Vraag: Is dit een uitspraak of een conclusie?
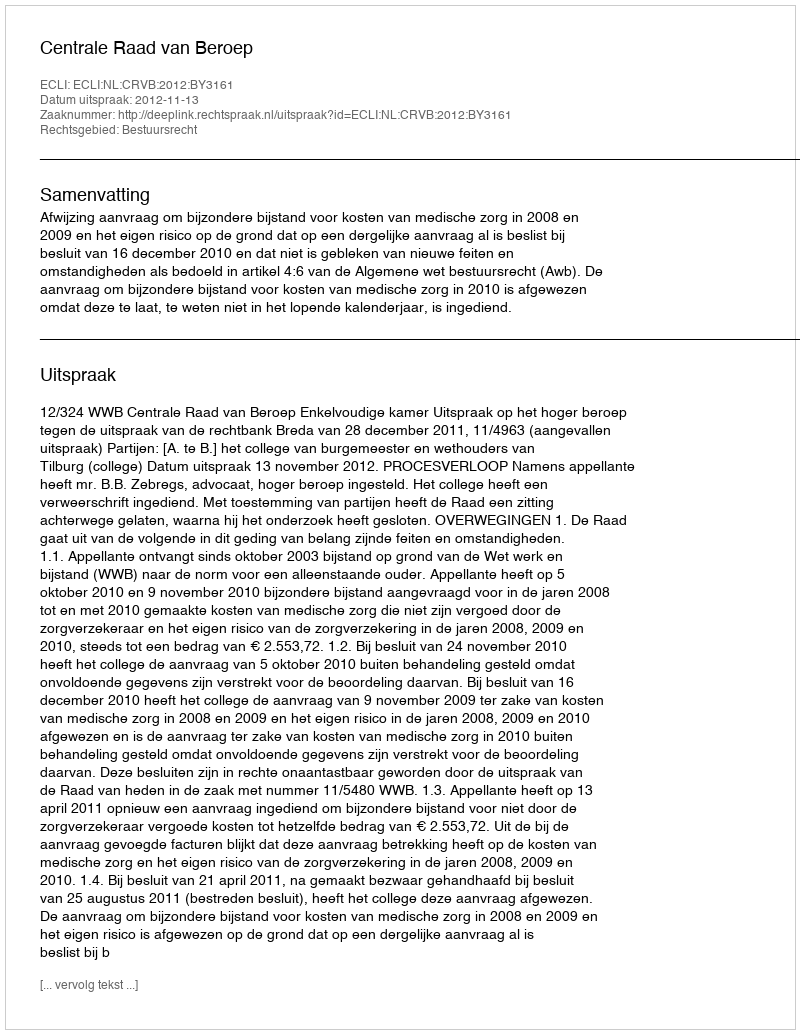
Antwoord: Uitspraak